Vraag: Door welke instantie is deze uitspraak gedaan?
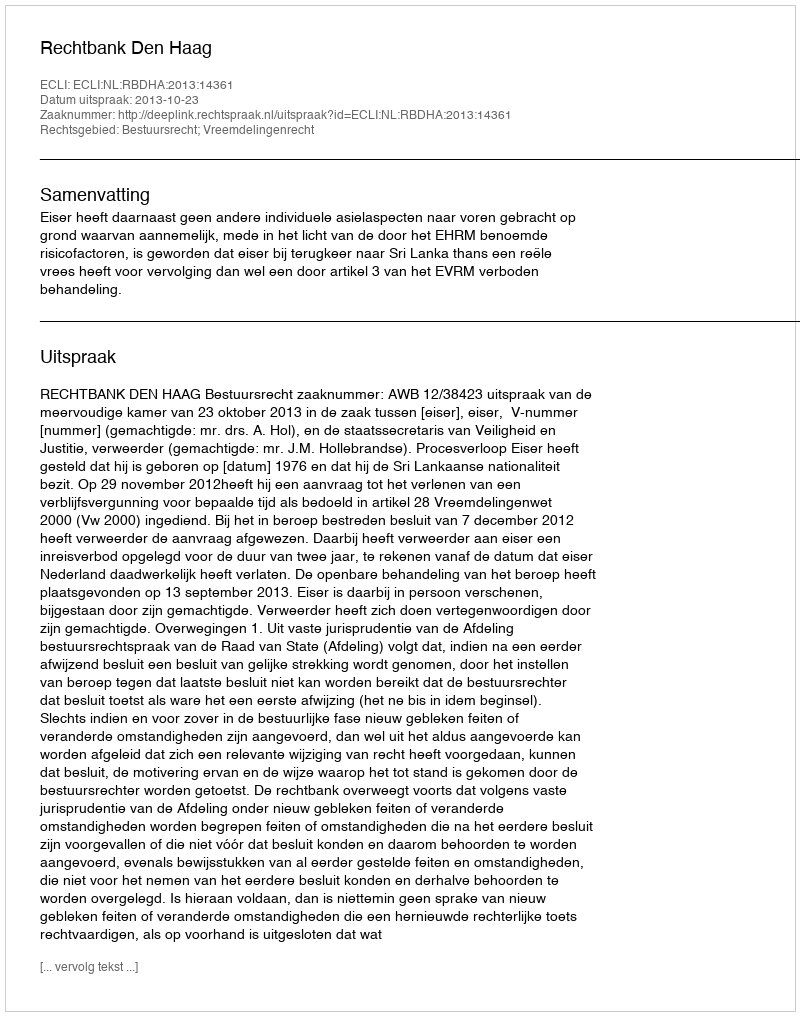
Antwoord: Rechtbank Den Haag